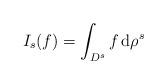
LaTeX: \begin{align*}I_s(f)=\int_{D^s}f\,{\rm d}\rho^{s}\end{align*}